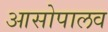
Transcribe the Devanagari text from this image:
आसोपालव